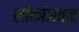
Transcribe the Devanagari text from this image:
लोकांजवळ